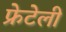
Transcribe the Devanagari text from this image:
फ्रेटेली